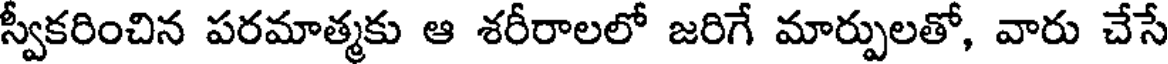
స్వీకరించిన పరమాత్మకు ఆ శరీరాలలో జరిగే మార్పులతో, వారు చేసే